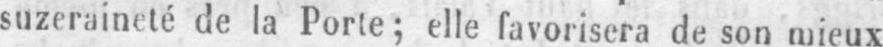
suzeraineté de la Porte; elle favorisera de son mieux